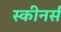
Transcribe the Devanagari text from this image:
स्कीनर्स